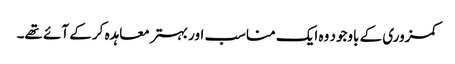
کمزوری کے باوجود وہ ایک مناسب اور بہتر معاہدہ کر کے آئے تھے۔